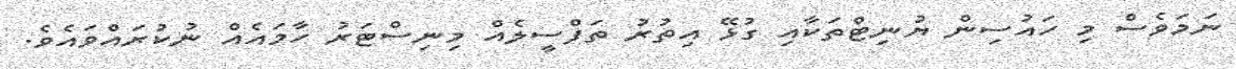
ނަމަވެސް މި ހައުސިން ޔުނިޓްތަކާއި ގުޅޭ އިތުރު ތަފްސީލެއް މިނިސްޓަރު ހާމައެއް ނުކުރައްވައެވެ.